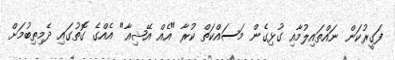
ފަގީރުކަން ނައްތައިލުމާއި ގުޅިގެން މަސައްކަތް ކުރާ "އެއް އޭޝިއާ" އެއްގެ ގޮތުގައި ދެމިތިބުމަށް